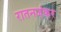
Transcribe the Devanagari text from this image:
रातनजंकर